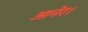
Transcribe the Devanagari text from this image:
आनेर।